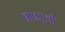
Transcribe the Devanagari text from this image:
बाष्पाची